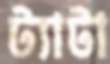
ট্যাটা